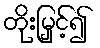
တိုးမြှင့်၍